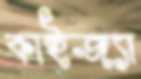
কাইজ্যা